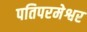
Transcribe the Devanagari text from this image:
पतिपरमेश्वर